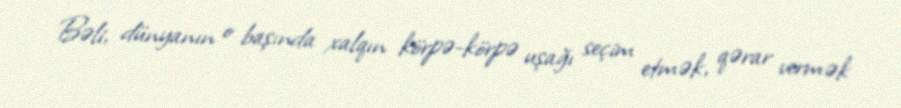
Bəli, dünyanın o başında xalqın körpə-körpə uşağı seçim etmək, qərar vermək